Sketch of the medical history of the native army of Bombay, for the year
Year: 1875
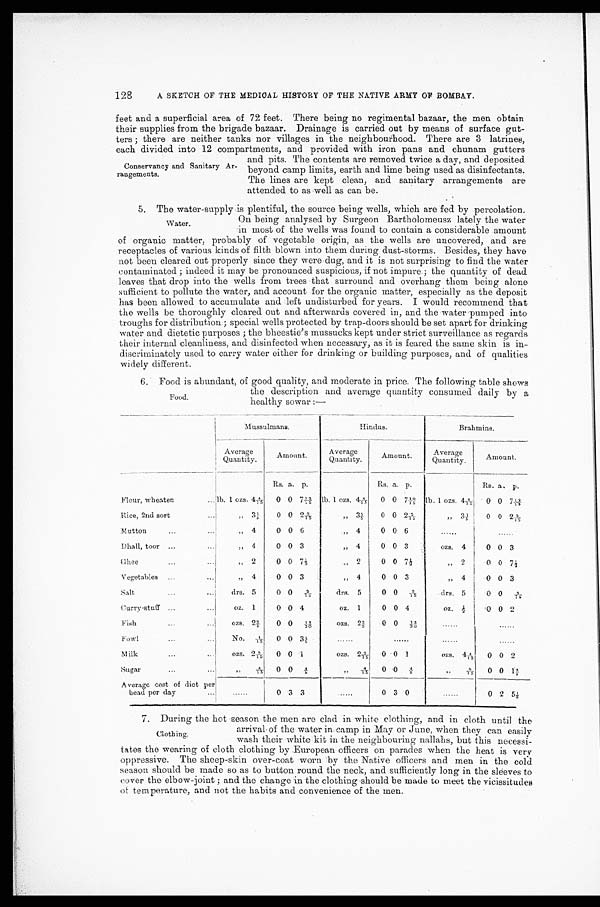
128
A SKETCH OF THE MEDICAL HISTORY OF THE NATIVE ARMY OF BOMBAY.
feet and a superficial area of 72 feet. There being no regimental bazaar, the men obtain
their supplies from the brigade bazaar. Drainage is carried out by means of surface gut-
ters ; there are neither tanks nor villages in the neighbourhood. There are 3 latrines,
each divided into 12 compartments, and provided with iron pans and chunam gutters
Conservancy and Sanitary Ar-
rangements.
and pits. The contents are removed twice a day, and deposited
beyond camp limits, earth and lime being used as disinfectants.
The lines are kept clean, and sanitary arrangements are
attended to as well as can be.
5. The water-supply is plentiful, the source being wells, which are fed by percolation.
On being analysed by Surgeon Bartholomeusz lately the water
in most of the wells was found to contain a considerable amount
of organic matter, probably of vegetable origin, as the wells are uncovered, and are
receptacles of various kinds of filth blown into them during dust-storms. Besides, they have
not been cleared out properly since they were dug, and it is not surprising to find the water
contaminated ; indeed it may be pronounced suspicious, if not impure ; the quantity of dead
leaves that drop into the wells from trees that surround and overhang them being alone
sufficient to pollute the water, and account for the organic matter, especially as the deposit
has been allowed to accumulate and left undisturbed for years. I would recommend that
the wells be thoroughly cleared out and afterwards covered in, and the water pumped into
troughs for distribution.; special wells protected by trap-doors should be set apart for drinking
water and dietetic purposes ; the bheestie's mussucks kept under strict surveillance as regards
their internal cleanliness, and disinfected when necessary, as it is feared the same skin is in-
discriminately used to carry water either for drinking or building purposes, and of qualities
widely different.
6. Food is abundant, of good quality, and moderate in price. The following table shows
the description and average quantity consumed daily by a
healthy sowar : —
Mussulmans.
Hindus.
Brahmins.
Average
Quantity.
Amount.
Average
Quantity.
A m o u n t .
Average Quantity.
Amount.
Rs. a. p.
Rs. a. p.
Rs. a. p.
Flour, wheaten
... lb. 1 ozs. 4 4/15
0 0 7 13/15 lb. 1 ozs. 4 4/15
0 0 7 10/15 lb. 1 ozs. 4 4/15
0 0 7 12/15
Rice, 2nd sort
...
, , 3 1/5
0 0 2 2/15
„ 3 1/5
0 0 2 2/15
„ 3 1/5
0 0 2 2/15
Mutton
. . .
...
„ 4
0 0 6
, , 4
0 0 6
. . . . . .
. . . . . .
.Dhall, toor . . .
...
, , 4
0 0 3
„ 4
0 0 3
ozs. 4
0 0 3
Gh e e
...
...
„ 2
0 0 7 1/2
, , 2
0 0 7 1/2
, , 2
0 0 7 1/2
Vegetables
. . .
. . .
„ 4
0 0 3
, , 4
0 0 3
„ 4
0 0 3
Salt
. . .
. . .
drs. 5
0 0
2 / 15
drs. 5
0 0
2 / 1 5
drs. 5
0 0
2 / 1 5
Curvy-stuff
. . .
. . .
oz. 1
0 0 4
oz. 1
0 0 4
oz. 1/2
0 0 2
F i s h
. . .
. . .
ozs. 2 2/5
0 0 13/30
ozs. 2 2/5
0 0
1 3 / 3 0
......
. . . . . .
F o wl
...
. . .
No.
1/15
0 0 3 1/5
......
......
. . . . . .
......
Milk
...
. . .
ozs. 2 3/15
0 0 1
ozs. 2 3/15
0 0 1
o z s . 4 4/15
0 0 2
Sugar
. . .
. . .
, ,
4 / 1 5
0 0
4 / 5
„
4 / 1 5
0
0
4 / 5
,,
8 / 1 5
0 0 1 3/5
Average cost of diet per
bead per day . . .
. . . . . .
0 3 3
.....
0 3 0
......
0 2 5 1/8
7. During the hot season the men are clad in white clothing, and in cloth until the
Clothing.
tates the wearing of cloth clothing by European officers on parades when the heat is very
oppressive. The sheep-skin over-coat worn by the Native officers and men in the cold
season should be made so as to button round the neck, and sufficiently long in the sleeves to
cover the elbow-joint ; and the change in the clothing should be made to meet the vicissitudes
of temperature, and not the habits and convenience of the men.
Water.
Food.
arrival of the water in camp in May or June, When they can easily
wash their white kit in the neighbouring nallahs, but this necessi-